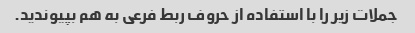
جملات زیر را با استفاده از حروف ربط فرعی به هم بپیوندید.